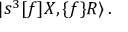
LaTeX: \vert s ^ { 3 } \lbrack f \rbrack X , \lbrace f \rbrace R \rangle \, .